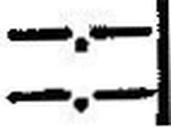
—.—